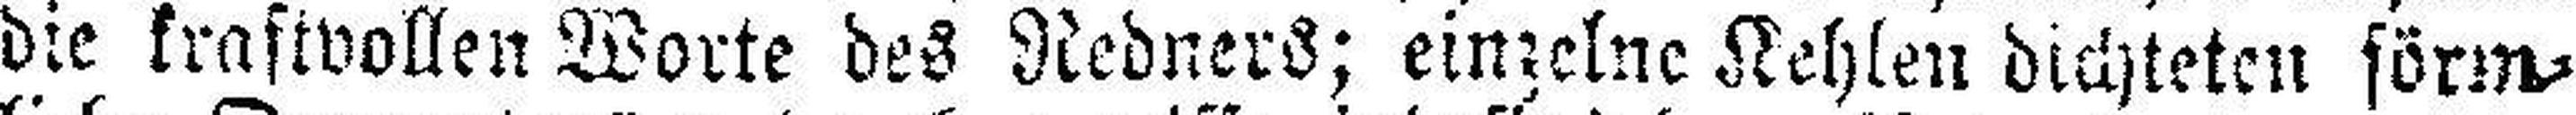
die kraftvollen Worte des Redners; einzelne Kehlen dichteten förm¬